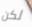
لكن